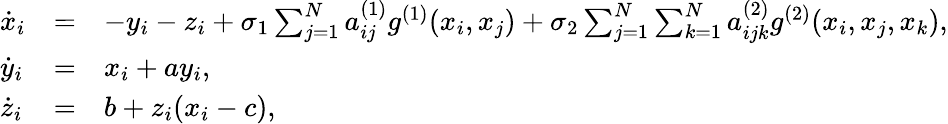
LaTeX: \begin{array}{lll}{\dot{x}_{i}}&{=}&{-y_{i}-z_{i}+\sigma_{1}\sum_{j=1}^{N}a_{ij}^{(1)}{g}^{(1)}(x_{i},x_{j})+\sigma_{2}\sum_{j=1}^{N}\sum_{k=1}^{N}a_{ijk}^{(2)}{g}^{(2)}(x_{i},x_{j},x_{k}),}\\ {\dot{y}_{i}}&{=}&{x_{i}+ay_{i},}\\ {\dot{z}_{i}}&{=}&{b+z_{i}(x_{i}-c),}\end{array}